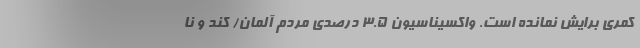
كمري برايش نمانده است. واکسیناسیون 3.5 درصدی مردم آلمان/ کند و نا